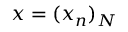
x = ( x _ { n } ) _ { N }